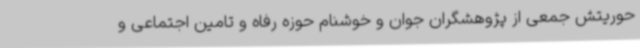
حوریتش جمعی از پژوهشگران جوان و خوشنام حوزه رفاه و تامین اجتماعی و